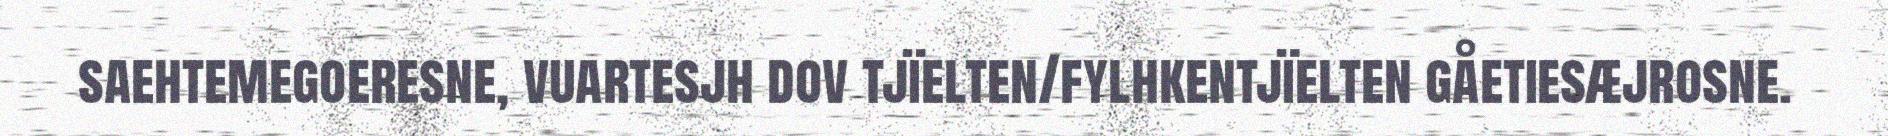
saehtemegoeresne, vuartesjh dov tjïelten/fylhkentjïelten gåetiesæjrosne.